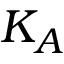
K _ { A }